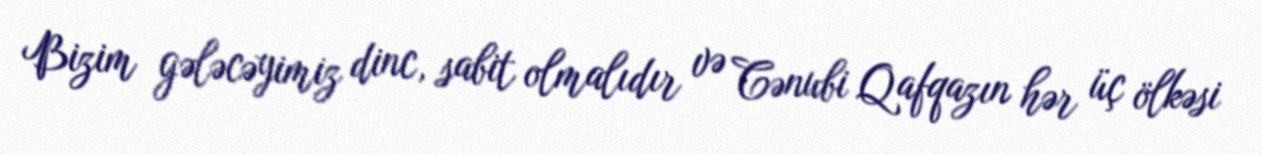
Bizim gələcəyimiz dinc, sabit olmalıdır və Cənubi Qafqazın hər üç ölkəsi